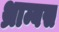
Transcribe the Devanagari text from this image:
थ्राम्बस